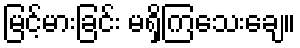
မြင့်မားခြင်း မရှိကြသေးချေ။